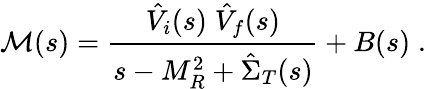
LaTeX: {\cal M}(s)=\frac{\hat{V}_{i}(s)\; \hat{V}_{f}(s)}{s-M_{R}^{2}+\hat{\Sigma}_{T}(s)}+B(s)\; .